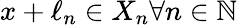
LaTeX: x+\ell_{n}\in X_{n}\forall n\in\mathbb{N}